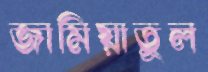
জামিয়াতুল